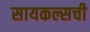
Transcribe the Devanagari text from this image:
सायकल्सची